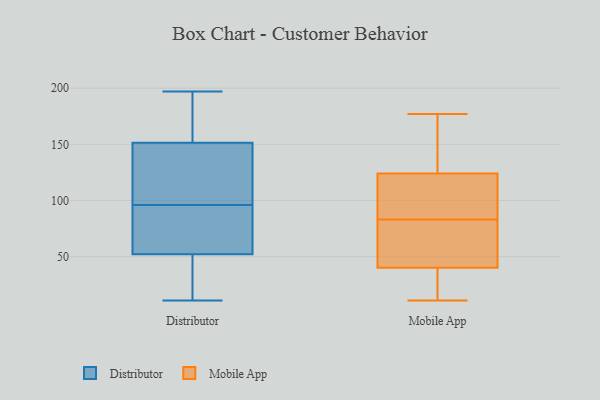
{"axis": {"x": "Active Users", "y": "Value"}, "legend": ["Distributor", "Mobile App"], "data": [{"x": "", "y": 175, "type": "Distributor"}, {"x": "", "y": 89, "type": "Distributor"}, {"x": "", "y": 70, "type": "Distributor"}, {"x": "", "y": 47, "type": "Distributor"}, {"x": "", "y": 27, "type": "Distributor"}, {"x": "", "y": 22, "type": "Distributor"}, {"x": "", "y": 123, "type": "Distributor"}, {"x": "", "y": 94, "type": "Distributor"}, {"x": "", "y": 50, "type": "Distributor"}, {"x": "", "y": 129, "type": "Distributor"}, {"x": "", "y": 60, "type": "Distributor"}, {"x": "", "y": 98, "type": "Distributor"}, {"x": "", "y": 178, "type": "Distributor"}, {"x": "", "y": 159, "type": "Distributor"}, {"x": "", "y": 120, "type": "Distributor"}, {"x": "", "y": 144, "type": "Distributor"}, {"x": "", "y": 11, "type": "Distributor"}, {"x": "", "y": 197, "type": "Distributor"}, {"x": "", "y": 54, "type": "Distributor"}, {"x": "", "y": 188, "type": "Distributor"}, {"x": "", "y": 37, "type": "Mobile App"}, {"x": "", "y": 77, "type": "Mobile App"}, {"x": "", "y": 161, "type": "Mobile App"}, {"x": "", "y": 40, "type": "Mobile App"}, {"x": "", "y": 122, "type": "Mobile App"}, {"x": "", "y": 36, "type": "Mobile App"}, {"x": "", "y": 11, "type": "Mobile App"}, {"x": "", "y": 96, "type": "Mobile App"}, {"x": "", "y": 162, "type": "Mobile App"}, {"x": "", "y": 85, "type": "Mobile App"}, {"x": "", "y": 124, "type": "Mobile App"}, {"x": "", "y": 62, "type": "Mobile App"}, {"x": "", "y": 81, "type": "Mobile App"}, {"x": "", "y": 177, "type": "Mobile App"}]}